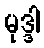
မုဒ္ဒါ